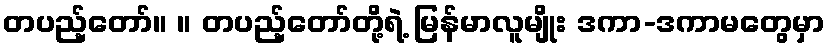
တပည့်တော်။ ။ တပည့်တော်တို့ရဲ့ မြန်မာလူမျိုး ဒကာ-ဒကာမတွေမှာ